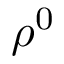
\rho ^ { 0 }